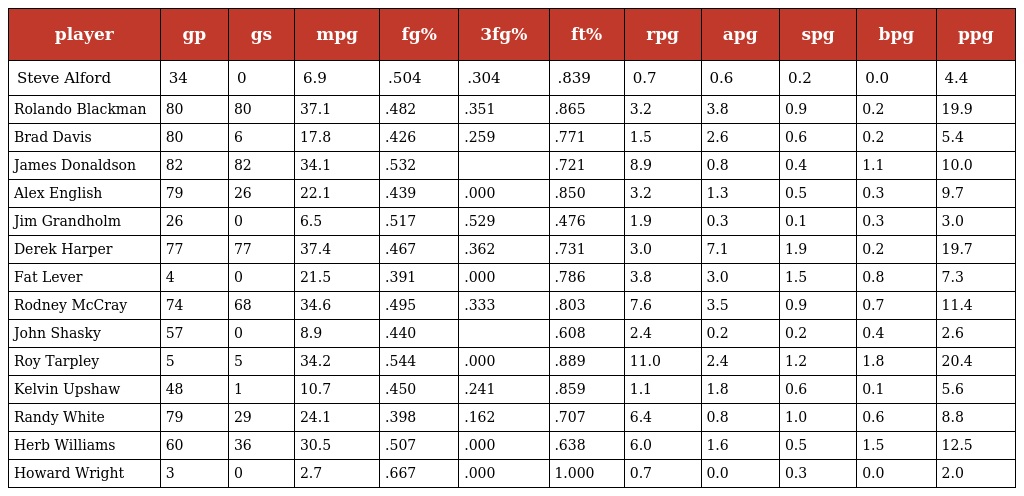
| player | gp | gs | mpg | fg% | 3fg% | ft% | rpg | apg | spg | bpg | ppg |
 | --- | --- | --- | --- | --- | --- | --- | --- | --- | --- | --- | --- |
 | Steve Alford | 34 | 0 | 6.9 | .504 | .304 | .839 | 0.7 | 0.6 | 0.2 | 0.0 | 4.4 |
 | Rolando Blackman | 80 | 80 | 37.1 | .482 | .351 | .865 | 3.2 | 3.8 | 0.9 | 0.2 | 19.9 |
 | Brad Davis | 80 | 6 | 17.8 | .426 | .259 | .771 | 1.5 | 2.6 | 0.6 | 0.2 | 5.4 |
 | James Donaldson | 82 | 82 | 34.1 | .532 |  | .721 | 8.9 | 0.8 | 0.4 | 1.1 | 10.0 |
 | Alex English | 79 | 26 | 22.1 | .439 | .000 | .850 | 3.2 | 1.3 | 0.5 | 0.3 | 9.7 |
 | Jim Grandholm | 26 | 0 | 6.5 | .517 | .529 | .476 | 1.9 | 0.3 | 0.1 | 0.3 | 3.0 |
 | Derek Harper | 77 | 77 | 37.4 | .467 | .362 | .731 | 3.0 | 7.1 | 1.9 | 0.2 | 19.7 |
 | Fat Lever | 4 | 0 | 21.5 | .391 | .000 | .786 | 3.8 | 3.0 | 1.5 | 0.8 | 7.3 |
 | Rodney McCray | 74 | 68 | 34.6 | .495 | .333 | .803 | 7.6 | 3.5 | 0.9 | 0.7 | 11.4 |
 | John Shasky | 57 | 0 | 8.9 | .440 |  | .608 | 2.4 | 0.2 | 0.2 | 0.4 | 2.6 |
 | Roy Tarpley | 5 | 5 | 34.2 | .544 | .000 | .889 | 11.0 | 2.4 | 1.2 | 1.8 | 20.4 |
 | Kelvin Upshaw | 48 | 1 | 10.7 | .450 | .241 | .859 | 1.1 | 1.8 | 0.6 | 0.1 | 5.6 |
 | Randy White | 79 | 29 | 24.1 | .398 | .162 | .707 | 6.4 | 0.8 | 1.0 | 0.6 | 8.8 |
 | Herb Williams | 60 | 36 | 30.5 | .507 | .000 | .638 | 6.0 | 1.6 | 0.5 | 1.5 | 12.5 |
 | Howard Wright | 3 | 0 | 2.7 | .667 | .000 | 1.000 | 0.7 | 0.0 | 0.3 | 0.0 | 2.0 |